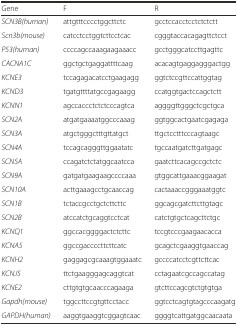
| Gene | F | R |
 | --- | --- | --- |
 | SCN3B(human) | attgtttcccctggcttctc | gcctccacctcctctctctt |
 | Scn3b(mouse) | catcctcctggtcttcctcac | cgggtaccacagagttctcct |
 | P53(human) | ccccagccaaagaagaaacc | gcctgggcatccttgagttc |
 | CACNA1C | ggctgctgaggattttcaag | acacagtgaggagggactgg |
 | KCNE3 | tccagagacatcctgaagagg | ggtctccgttccattggtag |
 | KCND3 | tgatgttttatgccgagaagg | ccatggtgactccagctctt |
 | KCNN1 | agccaccctctctcccagtca | aggggttgggctcgctgca |
 | SCN2A | atgatgaaaatggcccaaag | ggtggcactgaatcgagaga |
 | SCN3A | atgctgggctttgttatgct | ttgctcctttcccagtaagc |
 | SCN4A | tccagcagggttggaatatc | tgccaatgatcttgatgagc |
 | SCN5A | ccagatctctatggcaatcca | gaatcttcacagccgctctc |
 | SCN9A | gatgatgaagaagccccaaa | gtggcattgaaacggaagat |
 | SCN10A | acttgaaagcctgcaaccag | cactaaaccgggaaatggtc |
 | SCN1B | tctaccgcctgctcttcttc | ggcagcgatcttcttgtagc |
 | SCN2B | atccatctgcaggtcctcat | catctgtgctcagcttctgc |
 | KCNQ1 | ggccacggggactctcttc | tccgtcccgaagaacacca |
 | KCNA5 | ggccgaccccttcttcatc | gcagctcgaaggtgaaccag |
 | KCNH2 | gaggagcgcaaagtggaaatc | gccccatcctcgttcttcac |
 | KCNJ5 | ttctgaagggagcaggtcat | cctagaatcgccagccatag |
 | KCNE2 | cttgtgtgcaacccagaaga | gtcttccagcgtctgtgtga |
 | Gapdh(mouse) | tggccttccgtgttcctacc | ggtcctcagtgtagcccaagatg |
 | GAPDH(human) | aaggtgaaggtcggagtcaac | ggggtcattgatggcaacaata |